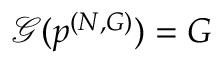
\mathcal { G } ( \boldsymbol { p } ^ { ( N , G ) } ) = G